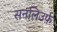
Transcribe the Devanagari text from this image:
सनलिउर्फ़